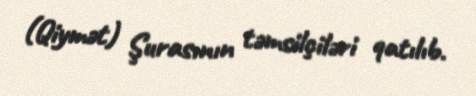
(Qiymət) Şurasının təmsilçiləri qatılıb.